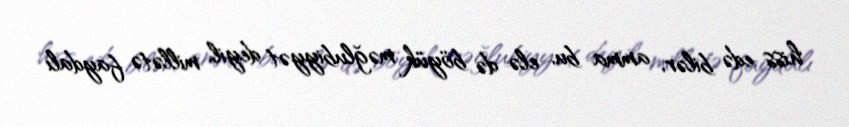
hiss edə bilər, amma bu, elə də böyük məğlubiyyət deyil, millətə faydalı